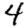
Digit: 4